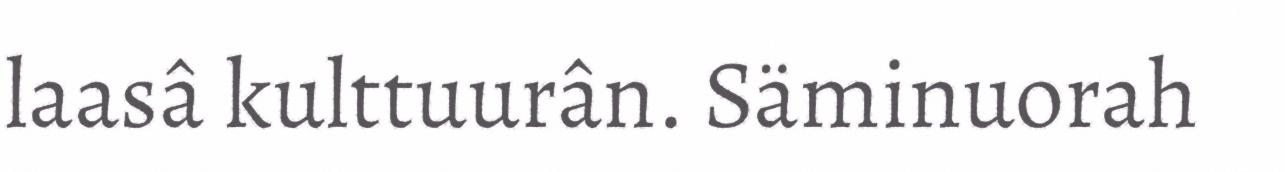
laasâ kulttuurân. Säminuorah